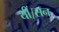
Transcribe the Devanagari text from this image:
थीं।सन्